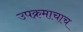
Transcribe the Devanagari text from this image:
उपक्रमाचाच